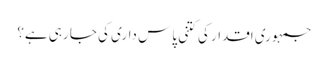
جمہوری اقدار کی کتنی پاس داری کی جا رہی ہے؟